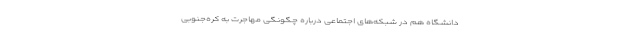
دانشگاه‌ هم در شبکه‌های اجتماعی درباره چگونگی مهاجرت به کره‌جنوبی